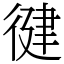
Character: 徤